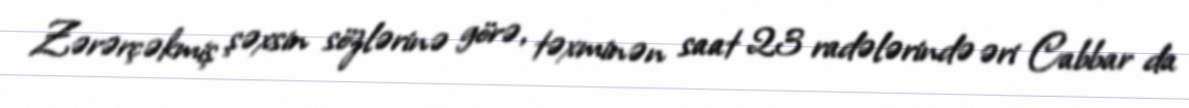
Zərərçəkmiş şəxsin sözlərinə görə, təxminən saat 23 radələrində əri Cabbar da